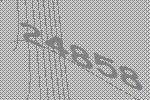
24858